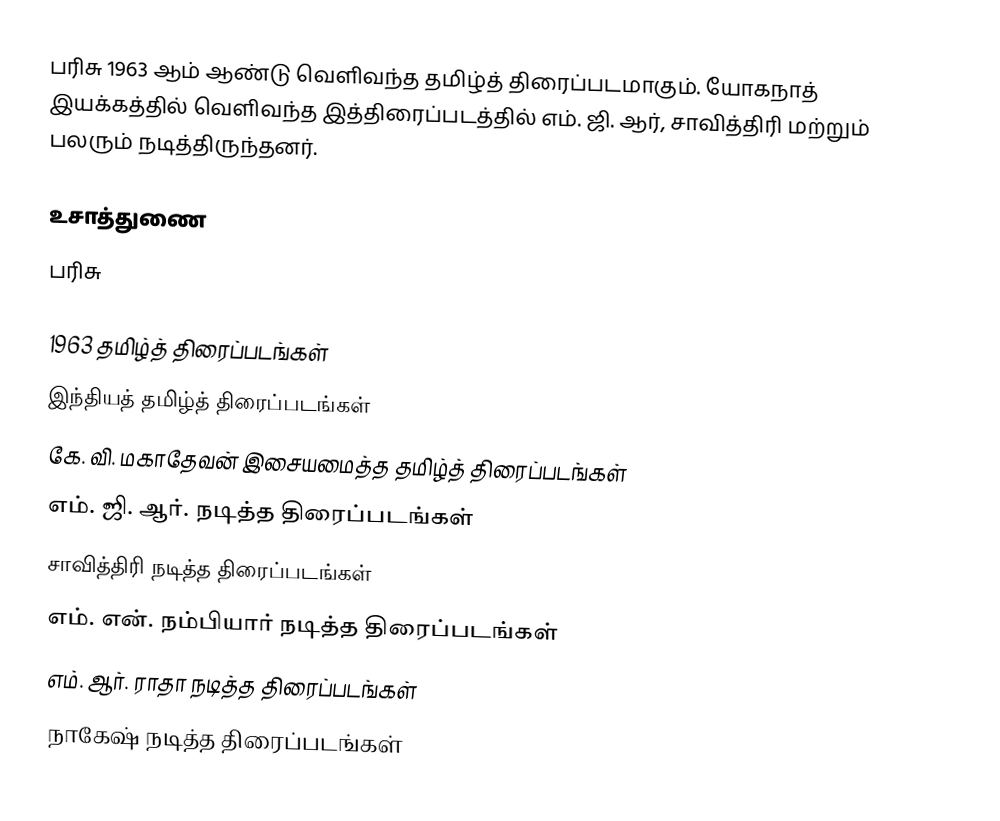
பரிசு 1963 ஆம் ஆண்டு வெளிவந்த தமிழ்த் திரைப்படமாகும். யோகநாத் இயக்கத்தில் வெளிவந்த இத்திரைப்படத்தில் எம். ஜி. ஆர், சாவித்திரி மற்றும் பலரும் நடித்திருந்தனர்.

உசாத்துணை
 பரிசு

1963 தமிழ்த் திரைப்படங்கள்
இந்தியத் தமிழ்த் திரைப்படங்கள்
கே. வி. மகாதேவன் இசையமைத்த தமிழ்த் திரைப்படங்கள்
எம். ஜி. ஆர். நடித்த திரைப்படங்கள்
சாவித்திரி நடித்த திரைப்படங்கள்
எம். என். நம்பியார் நடித்த திரைப்படங்கள்
எம். ஆர். ராதா நடித்த திரைப்படங்கள்
நாகேஷ் நடித்த திரைப்படங்கள்